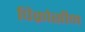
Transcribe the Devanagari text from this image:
पिक्रोसीन